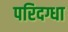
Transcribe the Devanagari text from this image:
परिदग्धा